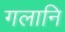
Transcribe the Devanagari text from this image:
गलानि